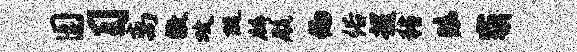
园习离傲攻醍麟航偏俗越猪眩霸